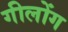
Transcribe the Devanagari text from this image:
गीलोंग